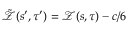
\tilde { \mathcal { Z } } ( s ^ { \prime } , \tau ^ { \prime } ) = \mathcal { Z } ( s , \tau ) - c / 6